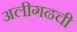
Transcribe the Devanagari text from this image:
अलीगढची